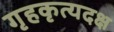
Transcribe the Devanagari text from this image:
गृहकृत्यदक्ष